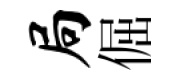
局倔